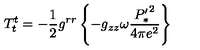
T _ { t } ^ { t } = - \frac { 1 } { 2 } g ^ { r r } \left\{ - g _ { z z } \omega \frac { { P _ { * } ^ { \prime } } ^ { 2 } } { 4 \pi e ^ { 2 } } \right\}